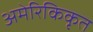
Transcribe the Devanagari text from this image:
अमेरिकिकृत